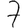
Digit: 7